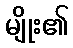
မျိုး၏